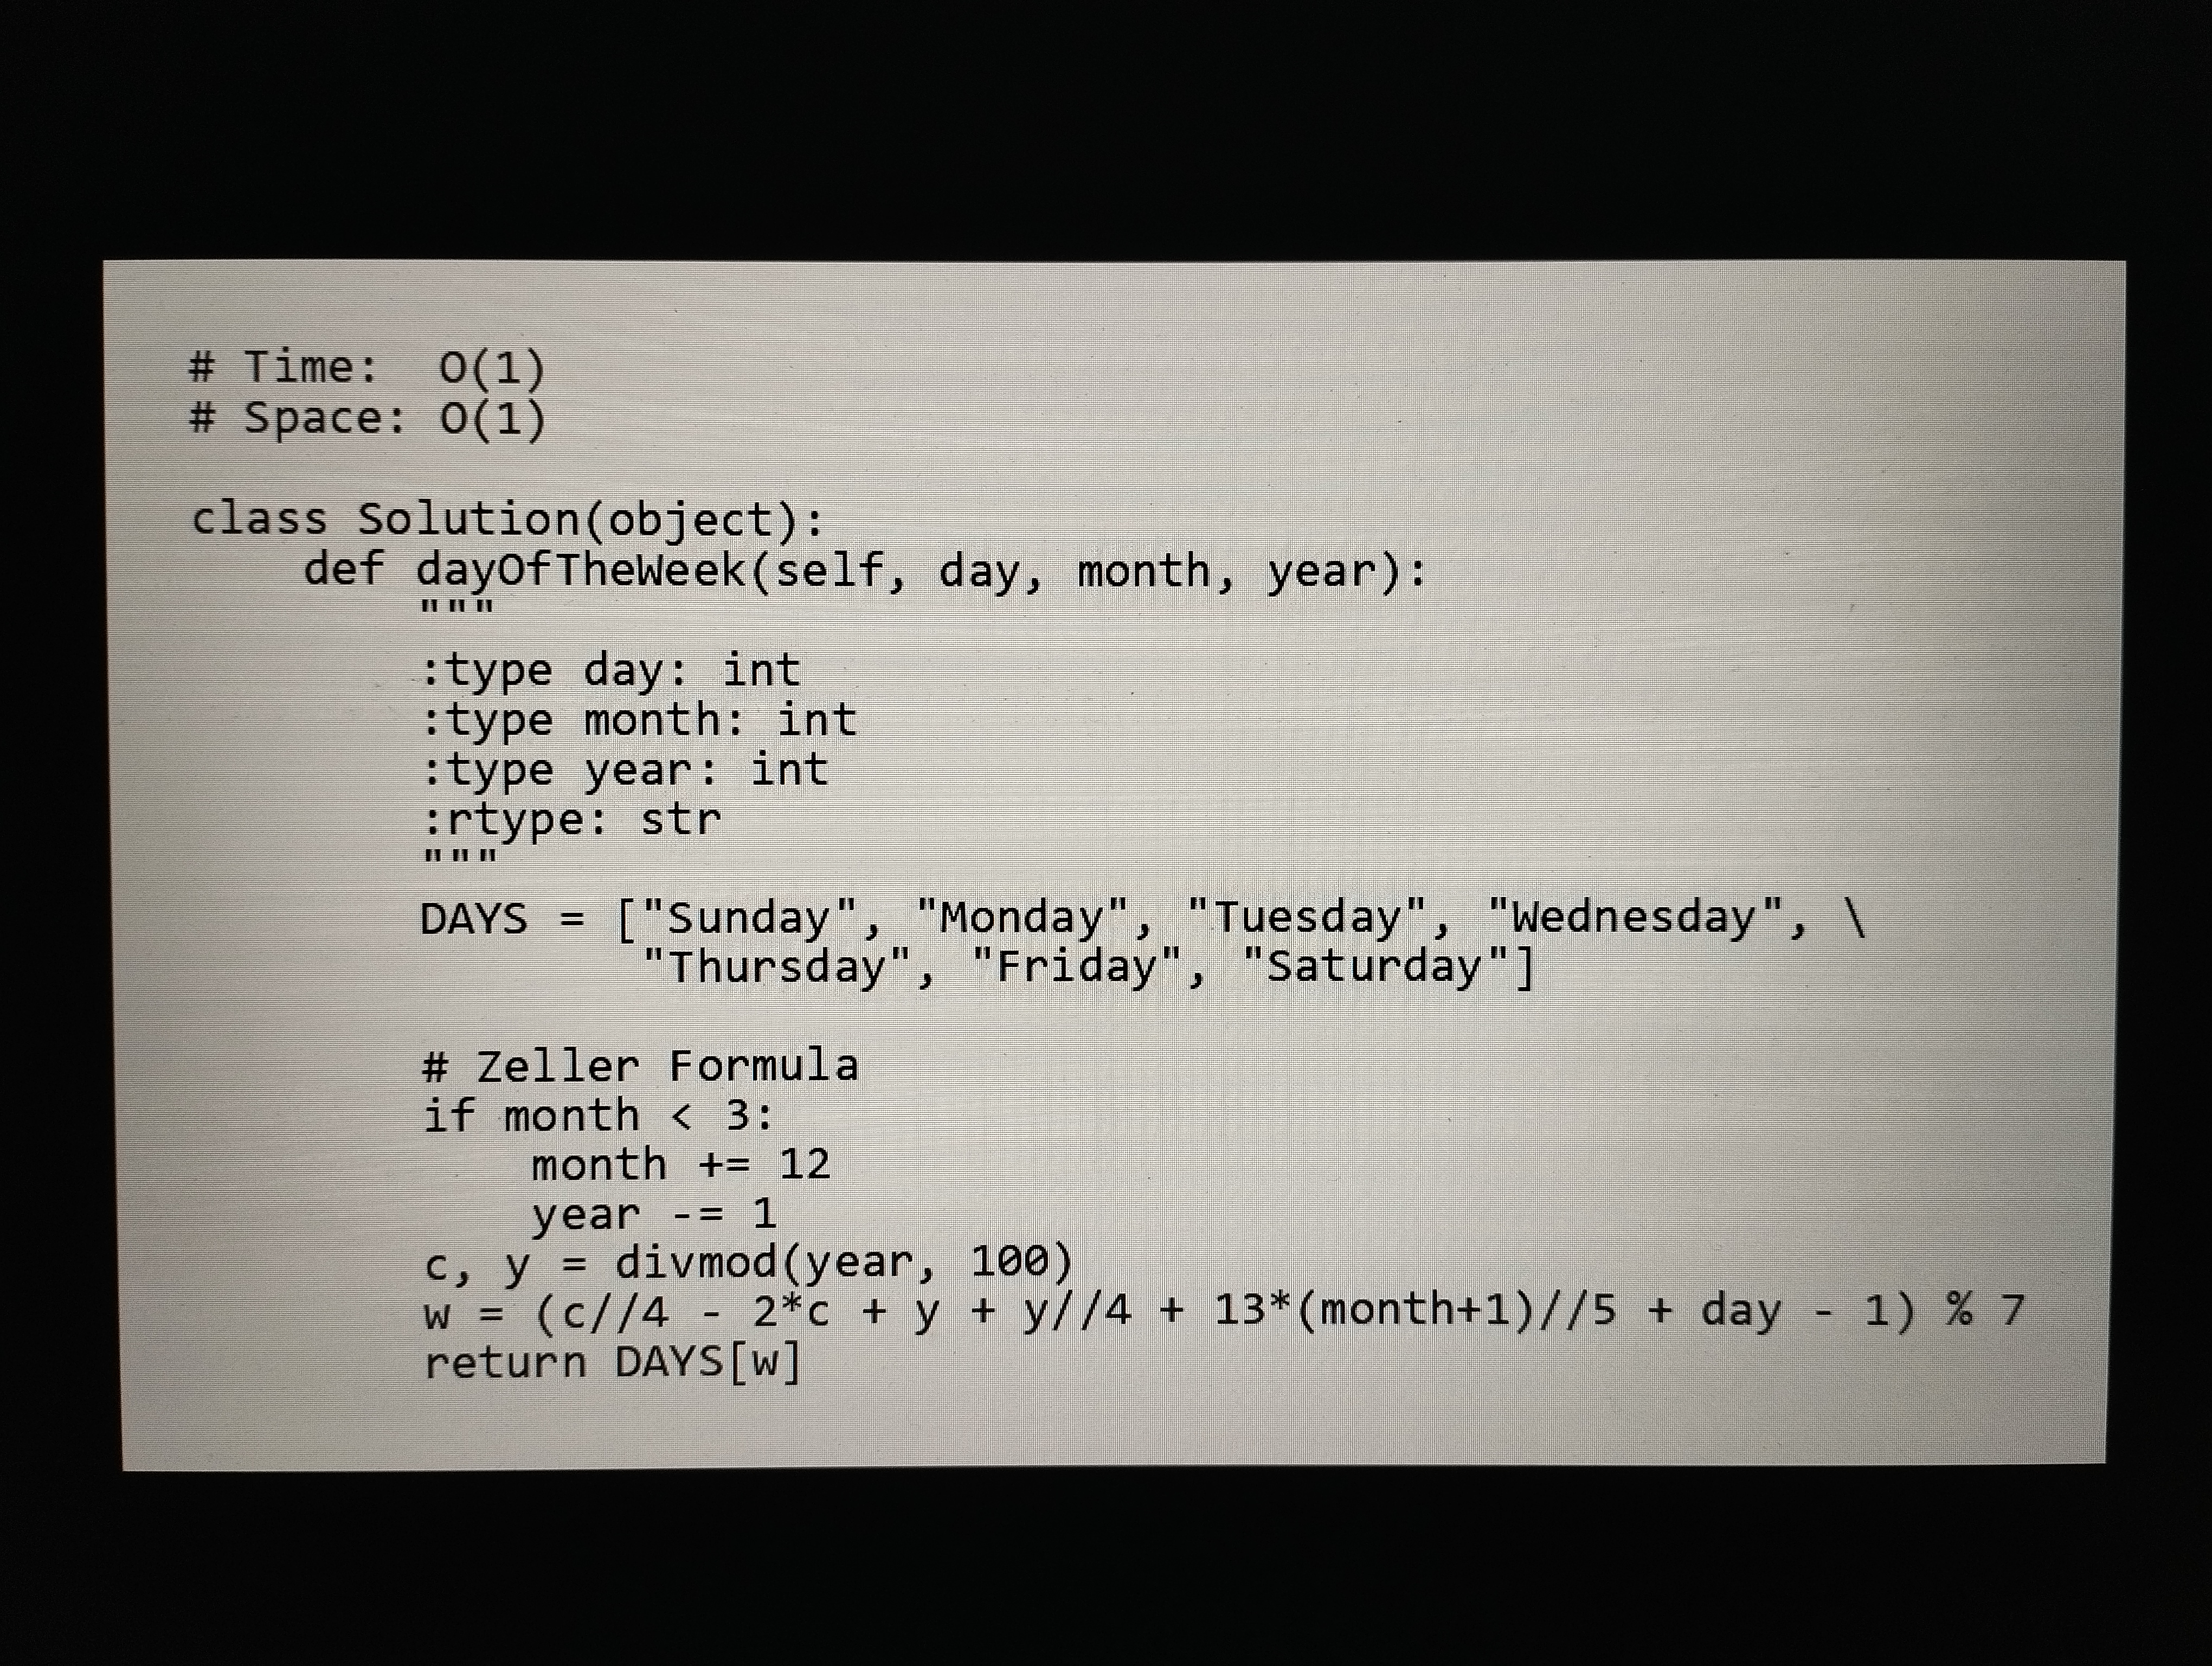
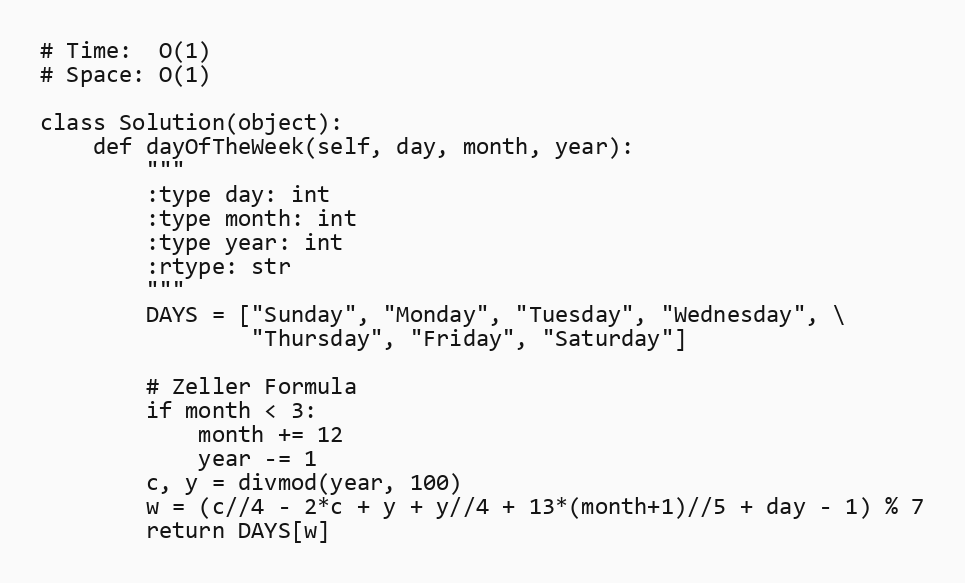
# Time:  O(1)
# Space: O(1)

class Solution(object):
    def dayOfTheWeek(self, day, month, year):
        """
        :type day: int
        :type month: int
        :type year: int
        :rtype: str
        """
        DAYS = ["Sunday", "Monday", "Tuesday", "Wednesday", \
                "Thursday", "Friday", "Saturday"]

        # Zeller Formula
        if month < 3:
            month += 12
            year -= 1
        c, y = divmod(year, 100)
        w = (c//4 - 2*c + y + y//4 + 13*(month+1)//5 + day - 1) % 7
        return DAYS[w]